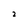
Character: 2